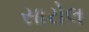
સારોલ